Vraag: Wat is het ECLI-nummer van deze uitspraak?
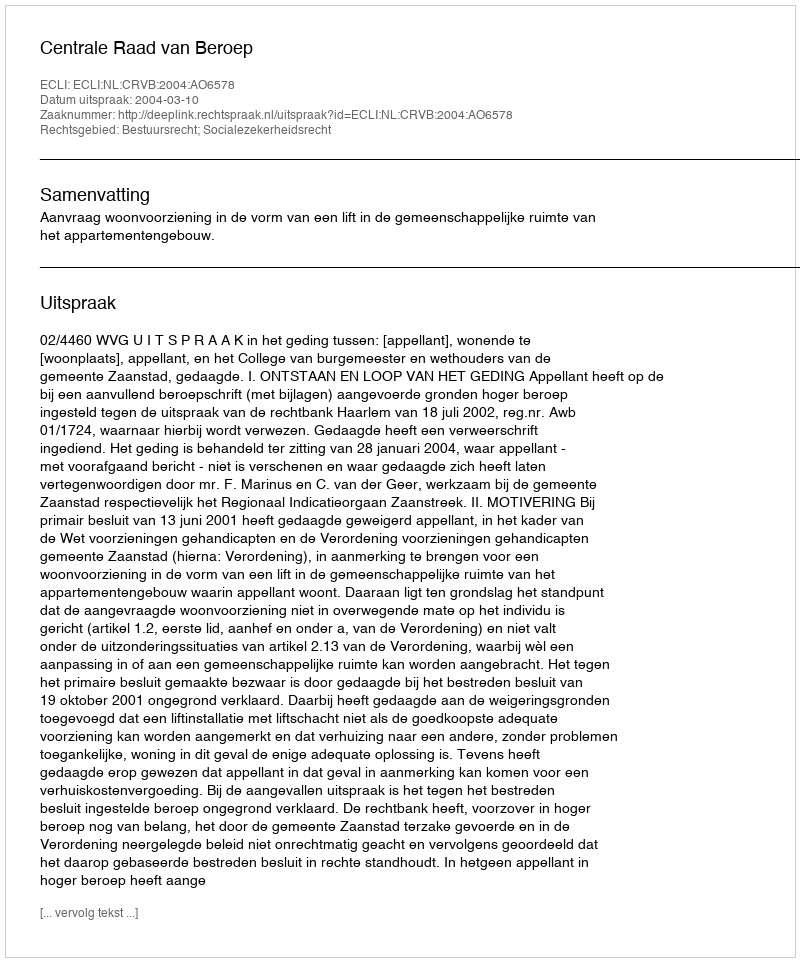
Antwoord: ECLI:NL:CRVB:2004:AO6578